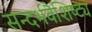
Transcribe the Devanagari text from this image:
सन्दर्भवैशिष्ट्य